Burma Government Medical School reports 1923-41
Year: 1923
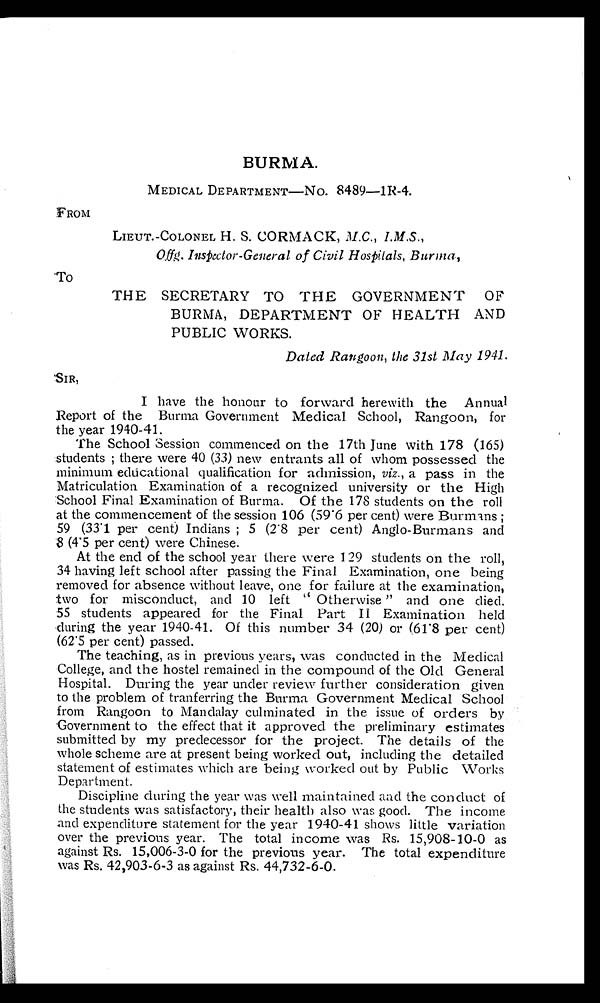
BURMA.
MEDICAL DEPARTMENT—NO. 8489—1R-4.
FROM
LIEUT.-COLONEL H. S. CORMACK, M.C., I.M.S.,
Offg. Inspector-General of Civil Hospitals, Burma,
To
THE SECRETARY TO THE GOVERNMENT OF
BURMA, DEPARTMENT OF HEALTH AND
PUBLIC WORKS.
Dated Rangoon, the 31st May 1941.
I have the honour to forward herewith the Annual
Report of the Burma Government Medical School, Rangoon, for
the year 1940-41.
The School Session commenced on the 17th June with 178 (165)
students ; there were 40 (33) new entrants all of whom possessed the
minimum educational qualification for admission, viz ., a pass in the
Matriculation Examination of a recognized university or the High
School Final Examination of Burma. Of the 178 students on the roll
at the commencement of the session 106 (59.6 per cent) were Burmans ;
59 (33.1 per cent) Indians ; 5 (2.8 per cent) Anglo-Burmans and
8 (4.5 per cent) were Chinese.
At the end of the school year there were 129 students on the roll,
34 having left school after passing the Final Examination, one being
removed for absence without leave, one for failure at the examination,
two for misconduct, and 10 left " Otherwise " and one died.
55 students appeared for the Final Part II Examination held
during the year 1940-41. Of this number 34 (20) or (61.8 per cent)
(62.5 per cent) passed.
The teaching, as in previous years, was conducted in the Medical
College, and the hostel remained in the compound of the Old General
Hospital. During the year under review further consideration given
to the problem of tranferring the Burma Government Medical School
from Rangoon to Mandalay culminated in the issue of orders by
Government to the effect that it approved the preliminary estimates
submitted by my predecessor for the project. The details of the
whole scheme are at present being worked out, including the detailed
statement of estimates which are being worked out by Public Works
Department.
Discipline during the year was well maintained and the conduct of
the students was satisfactory, their health also was good. The income
and expenditure statement for the year 1940-41 shows little variation
over the previous year. The total income was Rs. 15,908-10-0 as
against Rs. 15,006-3-0 for the previous year. The total expenditure
was Rs. 42,903-6-3 as against Rs. 44,732-6-0.